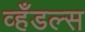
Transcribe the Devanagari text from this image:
व्हँडल्स